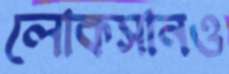
লোকসানও